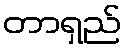
တာရှည်